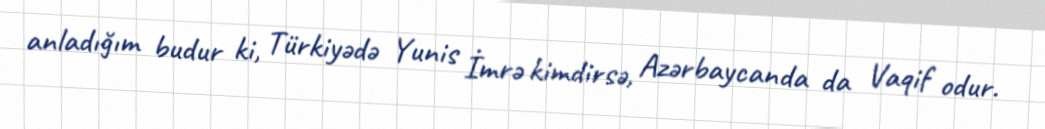
anladığım budur ki, Türkiyədə Yunis İmrə kimdirsə, Azərbaycanda da Vaqif odur.